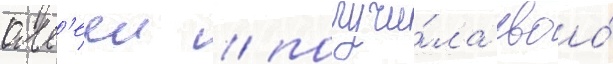
алл'ееи / получи́ла своо́